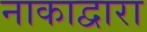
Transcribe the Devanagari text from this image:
नाकाद्वारा